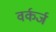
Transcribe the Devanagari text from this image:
वर्कर्ज